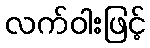
လက်ဝါးဖြင့်